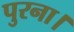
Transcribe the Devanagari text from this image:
पुरना।